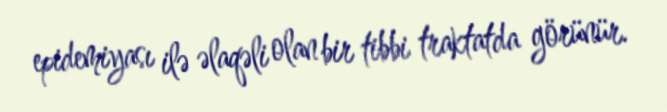
epidemiyası ilə əlaqəli olan bir tibbi traktatda görünür.